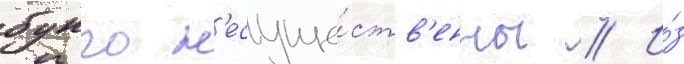
бунго н'есуще́ств'енны // И́з